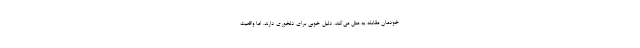
خودمان مقابله به مثل می‌کند، دلیل خوبی برای دلخوری دارند. اما واقعیت